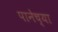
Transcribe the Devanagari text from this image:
पानेच्या